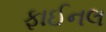
ફાઈનલ